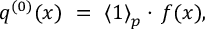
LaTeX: q ^ { ( 0 ) } ( x ) \ = \ { \langle 1 \rangle } _ { p } \cdot \, f ( x ) ,